Vaccination in Burma 1900-1911 - 1900-1911
Year: 1900
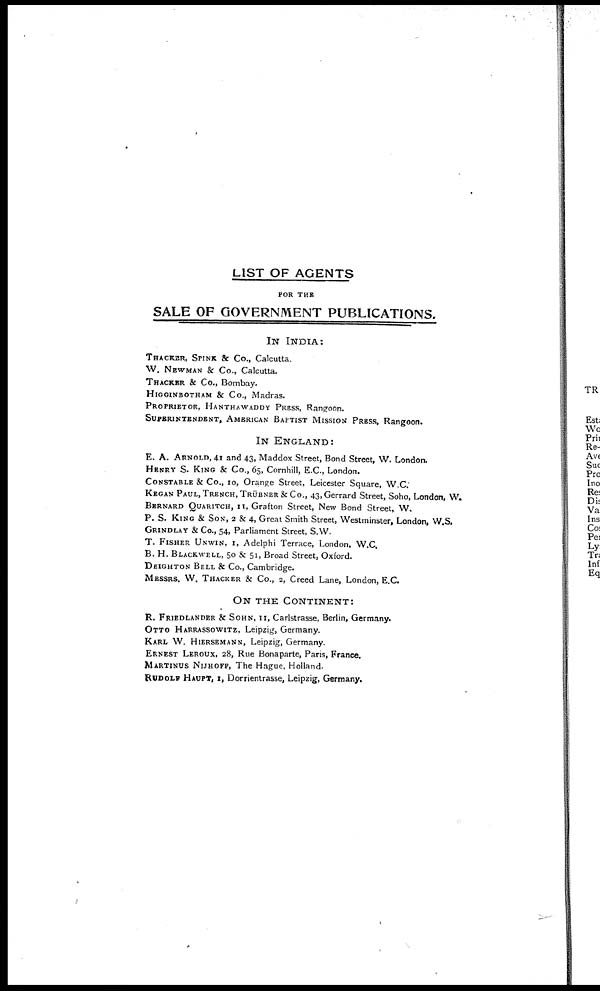
LIST OF AGENTS
FOR THE
SALE OF GOVERNMENT PUBLICATIONS.
IN INDIA:
THACKER, SPINK & Co., Calcutta.
W. NEWMAN & Co., Calcutta.
THACKER & Co., Bombay.
HIGGINBOTHAM & Co., Madras.
PROPRIETOR, HANTHAWADDY PRESS, Rangoon.
SUPERINTENDENT, AMERICAN BAPTIST MISSION PRESS, Rangoon.
IN ENGLAND:
E. A. ARNOLD, 41 and 43, Maddox Street, Bond Street, W. London.
HENRY S. KING & Co., 65, Cornhill, E.C., London.
CONSTABLE & Co., 10, Orange Street, Leicester Square, W.C.
KEGAN PAUL, TRENCH, TRÜBNER& Co., 43,Gerrard Street, Soho, London, W.
BERNARD QUARITCH, 11, Grafton Street, New Bond Street, W.
P. S. KING & SON, 2 & 4, Great Smith Street, Westminster, London, W.S.
GRINDLAY & Co., 54, Parliament Street, S.W.
T. FISHER UNWIN, 1, Adelphi Terrace, London, W.C.
B. H. BLACKWELL, 50 & 51, Broad Street, Oxford.
DEIGHTON BELL & Co., Cambridge.
MESSRS. W. THACKER & Co., 2, Creed Lane, London, E.C.
ON THE CONTINENT:
R. FRIEDLANDER & SOHN, 11, Carlstrasse, Berlin, Germany.
OTTO HARRASSOWITZ, Leipzig, Germany.
KARL W. HIERSEMANN, Leipzig, Germany.
ERNEST LEROUX, 28, Rue Bonaparte, Paris, France.
MARTINUS NIJHOFF, The Hague, Holland.
RUDOLF HAUPT, 1, Dorrientrasse, Leipzig, Germany.